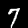
Digit: 7